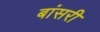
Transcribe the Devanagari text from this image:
बांसरी